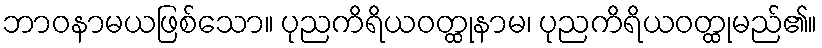
ဘာဝနာမယဖြစ်သော။ ပုညကိရိယဝတ္ထုနာမ၊ ပုညကိရိယဝတ္ထုမည်၏။